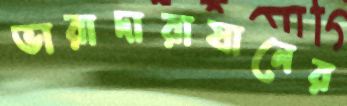
ভারাদারাযানের